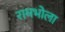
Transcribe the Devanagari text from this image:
रामभोला